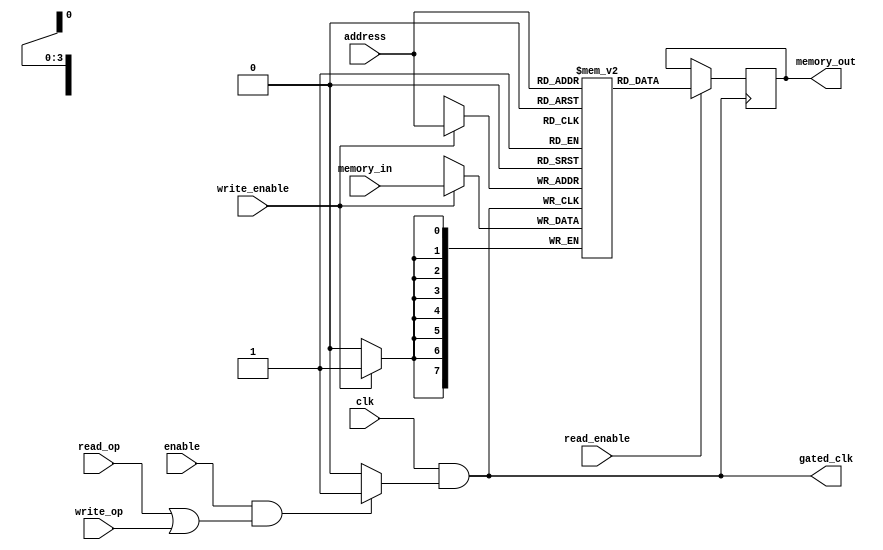
module dynamic_clock_gating (
    input wire clk,               // Main clock input
    input wire enable,            // Enable signal for clock gating
    input wire read_op,           // Read operation signal
    input wire write_op,          // Write operation signal
    output wire gated_clk,        // Gated clock output
    output reg [7:0] memory_out,  // Data output from memory
    input wire [7:0] memory_in,   // Data input to memory
    input wire [3:0] address,      // Address input
    input wire read_enable,        // Read enable signal
    input wire write_enable        // Write enable signal
);

    reg [7:0] memory_array [0:15]; // A simple memory array of 16x8 bits
    reg clk_enable;                 // Internal clock enable signal

    // Clock gating control logic
    always @(*) begin
        if (enable && (read_op || write_op)) begin
            clk_enable = 1'b1; // Enable clock if there is an operational request
        end else begin
            clk_enable = 1'b0; // Otherwise, disable clock
        end
    end

    // Clock gating cell
    assign gated_clk = clk & clk_enable; // Gated clock signal

    // Memory read/write process
    always @(posedge gated_clk) begin
        if (write_enable) begin
            memory_array[address] <= memory_in; // Write data to memory
        end
        if (read_enable) begin
            memory_out <= memory_array[address]; // Read data from memory
        end
    end

endmodule